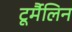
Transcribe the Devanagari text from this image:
टूर्मैलिन